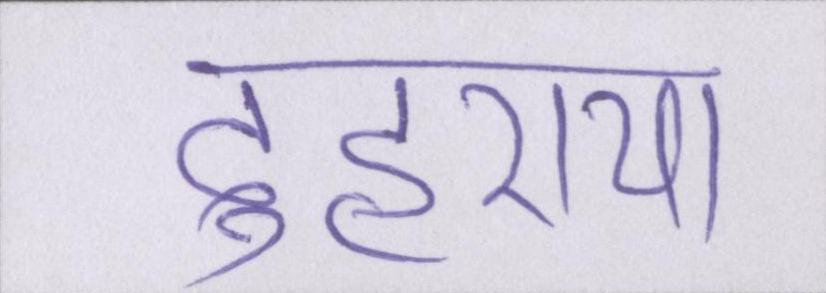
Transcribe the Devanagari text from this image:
दुहराया